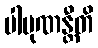
ပါပုဏန္တီတိ